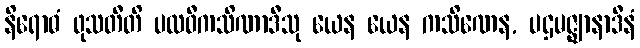
နိရောဓံ ဖုသတီတိ ပထဝီကသိဏာဒီသု ယေန ယေန ကသိဏေန, ပဌမဇ္ဈာနာဒီနံ